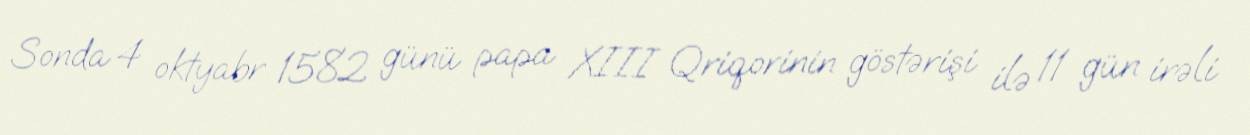
Sonda 4 oktyabr 1582 günü papa XIII Qriqorinin göstərişi ilə 11 gün irəli